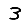
Digit: 3